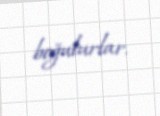
boğulurlar.